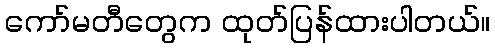
ကော်မတီတွေက ထုတ်ပြန်ထားပါတယ်။